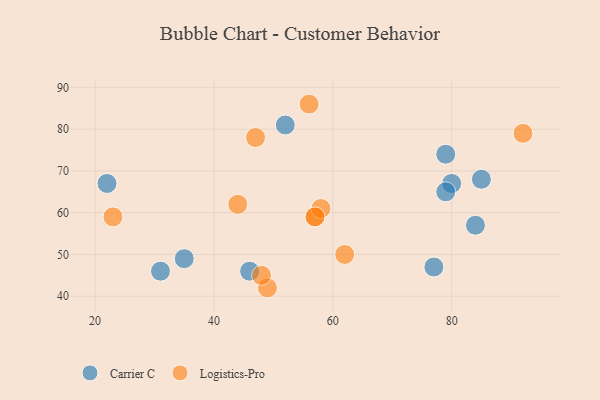
{"axis": {"x": "GDP", "y": "Life Expectancy"}, "legend": ["Carrier C", "Logistics-Pro"], "data": [{"x": "35", "y": 49, "type": "Carrier C"}, {"x": "80", "y": 67, "type": "Carrier C"}, {"x": "46", "y": 46, "type": "Carrier C"}, {"x": "79", "y": 74, "type": "Carrier C"}, {"x": "52", "y": 81, "type": "Carrier C"}, {"x": "84", "y": 57, "type": "Carrier C"}, {"x": "31", "y": 46, "type": "Carrier C"}, {"x": "79", "y": 65, "type": "Carrier C"}, {"x": "77", "y": 47, "type": "Carrier C"}, {"x": "85", "y": 68, "type": "Carrier C"}, {"x": "22", "y": 67, "type": "Carrier C"}, {"x": "47", "y": 78, "type": "Logistics-Pro"}, {"x": "44", "y": 62, "type": "Logistics-Pro"}, {"x": "57", "y": 59, "type": "Logistics-Pro"}, {"x": "58", "y": 61, "type": "Logistics-Pro"}, {"x": "92", "y": 79, "type": "Logistics-Pro"}, {"x": "23", "y": 59, "type": "Logistics-Pro"}, {"x": "57", "y": 59, "type": "Logistics-Pro"}, {"x": "62", "y": 50, "type": "Logistics-Pro"}, {"x": "49", "y": 42, "type": "Logistics-Pro"}, {"x": "48", "y": 45, "type": "Logistics-Pro"}, {"x": "56", "y": 86, "type": "Logistics-Pro"}]}